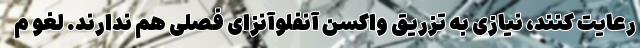
رعایت کنند، نیازی به تزریق واکسن آنفلوآنزای فصلی هم ندارند. لغو م